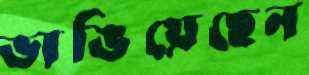
ভাঙিয়েছেন